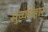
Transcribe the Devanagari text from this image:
सुव्यवहार